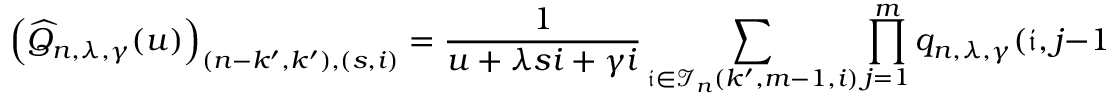
\left( \widehat { Q } _ { n , \lambda , \gamma } ( u ) \right) _ { ( n - k ^ { \prime } , k ^ { \prime } ) , ( s , i ) } = \frac { 1 } { u + \lambda s i + \gamma i } \sum _ { \mathfrak { i } \in \mathcal { I } _ { n } ( k ^ { \prime } , m - 1 , i ) } \prod _ { j = 1 } ^ { m } q _ { n , \lambda , \gamma } ( \mathfrak { i } , j - 1 ; u ) g _ { n , m - 1 , \lambda , \gamma } ( \mathfrak { i } , j - 1 ; u ) .